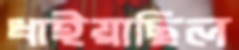
ধাইয়াছিল